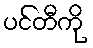
ပင်တီကို